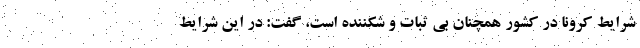
شرایط کرونا در کشور همچنان بی ثبات و شکننده است، گفت: در این شرایط